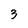
Character: 3